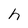
Character: h